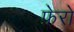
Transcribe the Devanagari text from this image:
फ़ेरो